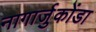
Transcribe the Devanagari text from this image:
नागार्जुकोंडा